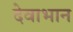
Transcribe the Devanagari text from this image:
देवाभान